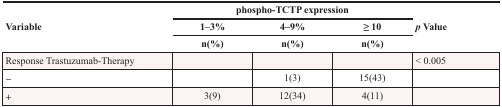
<table><thead><tr><td rowspan="3"><b>Variable</b></td><td colspan="3"><b>phospho-TCTP expression</b></td><td rowspan="3"><b><i>p</i> Value</b></td></tr><tr><td><b>1–3%</b></td><td><b>4–9%</b></td><td><b>≥ 10</b></td></tr><tr><td><b>n(%)</b></td><td><b>n(%)</b></td><td><b>n(%)</b></td></tr></thead><tbody><tr><td>Response Trastuzumab-Therapy</td><td></td><td></td><td></td><td>&lt; 0.005</td></tr><tr><td>−</td><td></td><td>1(3)</td><td>15(43)</td><td></td></tr><tr><td>+</td><td>3(9)</td><td>12(34)</td><td>4(11)</td><td></td></tr></tbody></table>